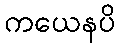
ကယေနပိ